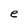
Character: e